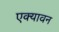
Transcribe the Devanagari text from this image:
एक्यावन